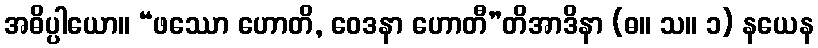
အဓိပ္ပါယော။ “ဖဿော ဟောတိ, ဝေဒနာ ဟောတီ”တိအာဒိနာ (ဓ။ သ။ ၁) နယေန